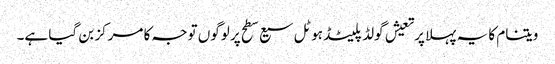
ویتنام کا یہ پہلا پرتعیش گولڈ پلیٹڈ ہوٹل سیع سطح پر لوگوں توجہ کا مرکز بن گیا ہے۔